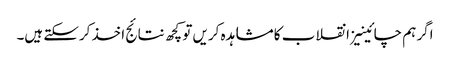
اگر ہم چائینیز انقلاب کا مشاہدہ کریں تو کچھ نتائج اخذ کرسکتے ہیں۔